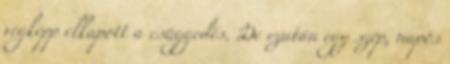
végképp elkapott a csüggedés. De ezután egy szép, napos